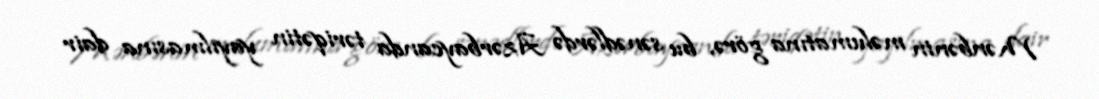
Mənbənin məlumatına görə, bu sənədlərdə Azərbaycanda təriqətin yayılmasına dair